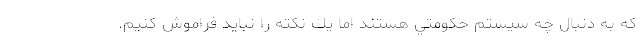
كه به دنبال چه سيستم حكومتي هستند اما يك نكته را نبايد فراموش كنيم.